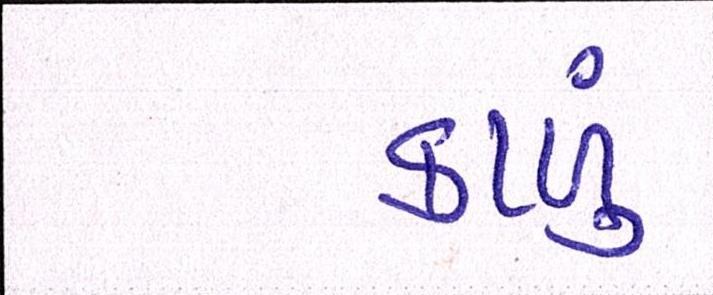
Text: કાળું